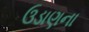
ઉડાણના